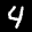
Label: 4